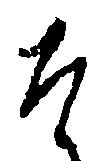
そ